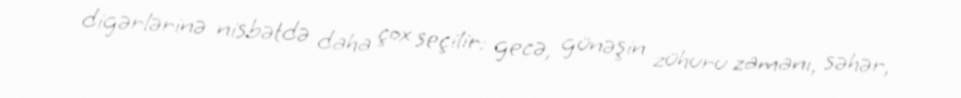
digərlərinə nisbətdə daha çox seçilir: gecə, günəşin zühuru zamanı, səhər,